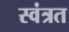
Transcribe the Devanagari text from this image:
स्वंत्रत